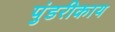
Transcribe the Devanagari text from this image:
पुंडरीकाय